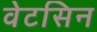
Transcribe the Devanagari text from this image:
वेटसिन